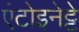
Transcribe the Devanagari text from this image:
एंटोइनेट्टे